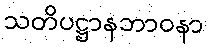
သတိပဋ္ဌာနဘာဝနာ